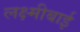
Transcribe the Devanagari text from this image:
लक्ष्‍मीबाई